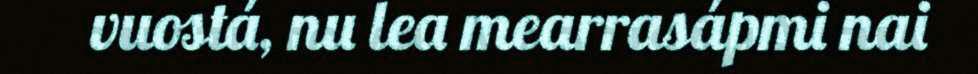
vuostá, nu lea mearrasápmi nai